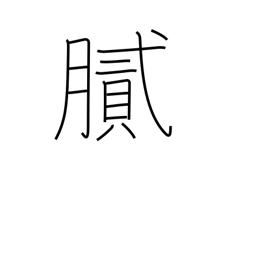
Meaning: oily